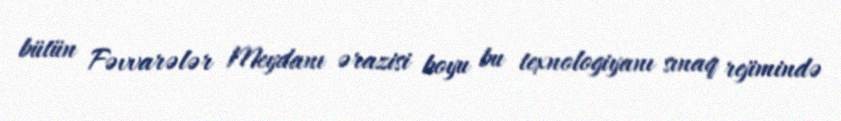
bütün Fəvvarələr Meydanı ərazisi boyu bu texnologiyanı sınaq rejimində